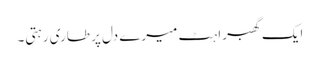
ایک گھبراہٹ میرے دل پر طاری رہتی۔